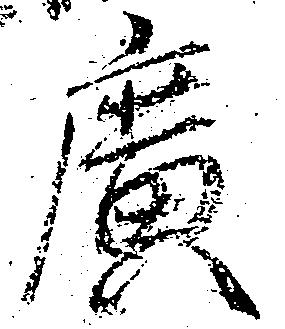
広